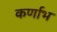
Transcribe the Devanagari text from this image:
कर्णाभ